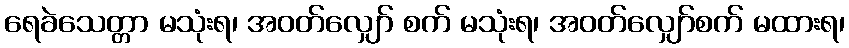
ရေခဲသေတ္တာ မသုံးရ၊ အဝတ်လျှော် စက် မသုံးရ၊ အဝတ်လျှော်စက် မထားရ၊